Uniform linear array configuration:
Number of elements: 12
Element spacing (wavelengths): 1
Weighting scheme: exponential
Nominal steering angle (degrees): -30
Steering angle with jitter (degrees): -31.94
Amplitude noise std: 0.05
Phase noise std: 0.05

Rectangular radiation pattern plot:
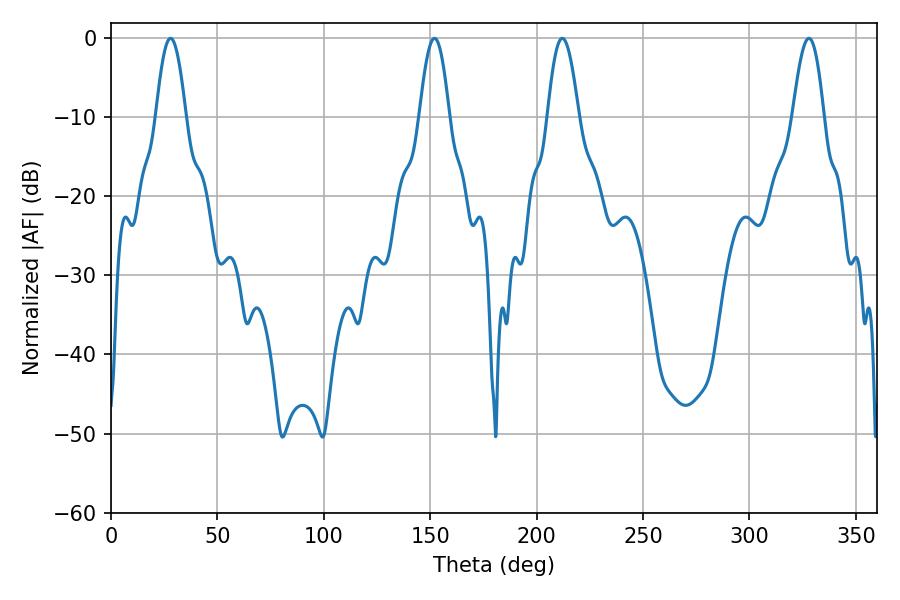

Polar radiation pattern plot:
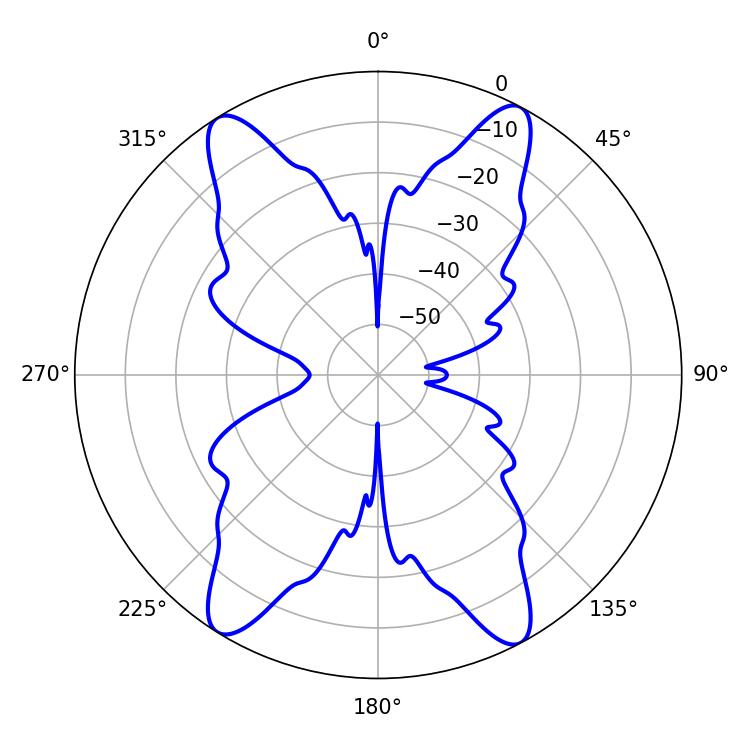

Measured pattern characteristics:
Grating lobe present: TRUE
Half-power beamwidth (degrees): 7.92
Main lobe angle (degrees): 212.04